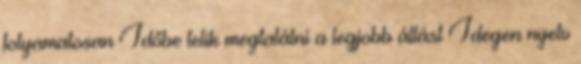
folyamatosan Időbe telik megtalálni a legjobb állást Idegen nyelv